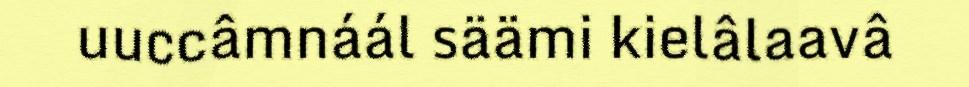
uuccâmnáál säämi kielâlaavâ